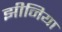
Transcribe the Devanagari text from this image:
झीनिया